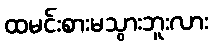
ထမင်းစားမသွားဘူးလား